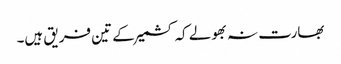
بھارت نہ بھولے کہ کشمیر کے تین فریق ہیں۔